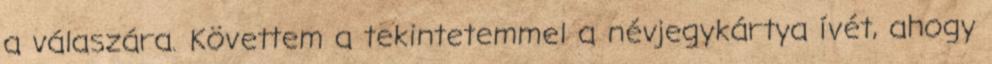
a válaszára. Követtem a tekintetemmel a névjegykártya ívét, ahogy